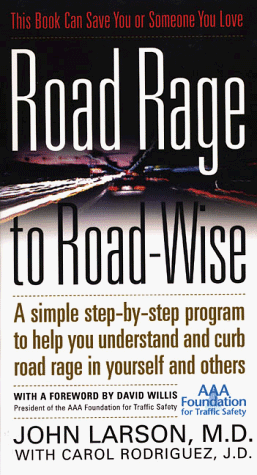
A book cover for Road Rage to Road-Wise; John A. Larson; Test Preparation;